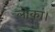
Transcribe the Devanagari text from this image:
लोकां।